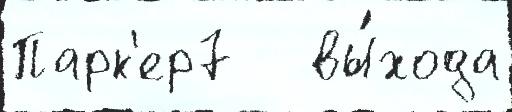
Парк'ер7   вы́хода